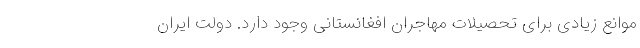
موانع زیادی برای تحصیلات مهاجران افغانستانی وجود دارد. دولت ایران